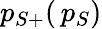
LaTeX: p_{S+}(\, p_{S})